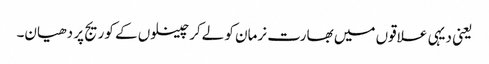
یعنی دیہی علاقوں میں بھارت نرمان کو لےکر چینلوں کے کوریج پر دھیان۔